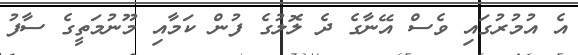
އެ އުމުރުގައި ވެސް އޭނާގެ ދެ ލޮލުގެ ފުން ކަމާއި މޫނުމަތީގެ ސާފު